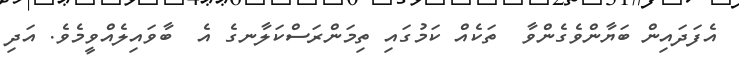
އެފަދައިން ބަޔާންވެގެންވާ  ތަކެއް ކަމުގައި ތިމަންރަސްކަލާނގެ އެ  ބާވައިލެއްވީމެވެ. އަދި